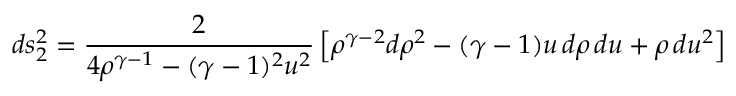
d s _ { 2 } ^ { 2 } = \frac { 2 } { 4 \rho ^ { \gamma - 1 } - ( \gamma - 1 ) ^ { 2 } u ^ { 2 } } \left[ \rho ^ { \gamma - 2 } d \rho ^ { 2 } - ( \gamma - 1 ) u \, d \rho \, d u + \rho \, d u ^ { 2 } \right]